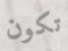
تكون